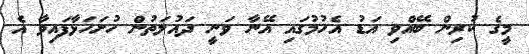
މީގެ ކުރިން ބޭއްވި އަޑު އެހުމުގައި އޭނާ ވަނީ ދައުލަތުން ހުށަހަޅާފައިވާ އެ